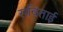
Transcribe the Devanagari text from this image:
सविताई